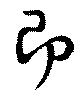
即